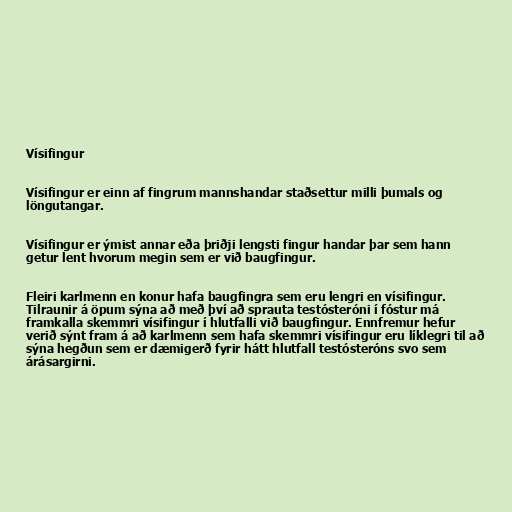
Vísifingur

Vísifingur er einn af fingrum mannshandar staðsettur milli þumals og
löngutangar.

Vísifingur er ýmist annar eða þriðji lengsti fingur handar þar sem hann
getur lent hvorum megin sem er við baugfingur.

Fleiri karlmenn en konur hafa baugfingra sem eru lengri en vísifingur.
Tilraunir á öpum sýna að með því að sprauta testósteróni í fóstur má
framkalla skemmri vísifingur í hlutfalli við baugfingur. Ennfremur hefur
verið sýnt fram á að karlmenn sem hafa skemmri vísifingur eru líklegri til að
sýna hegðun sem er dæmigerð fyrir hátt hlutfall testósteróns svo sem
árásargirni.